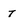
Character: T